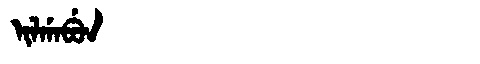
Manchu: ᡳᠯᡤᠠᠪᡠᠨ
Romanization: ILGABUN